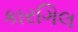
કારગિલ